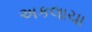
અકલાચા